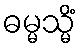
ဓမ္မသ္မိံ